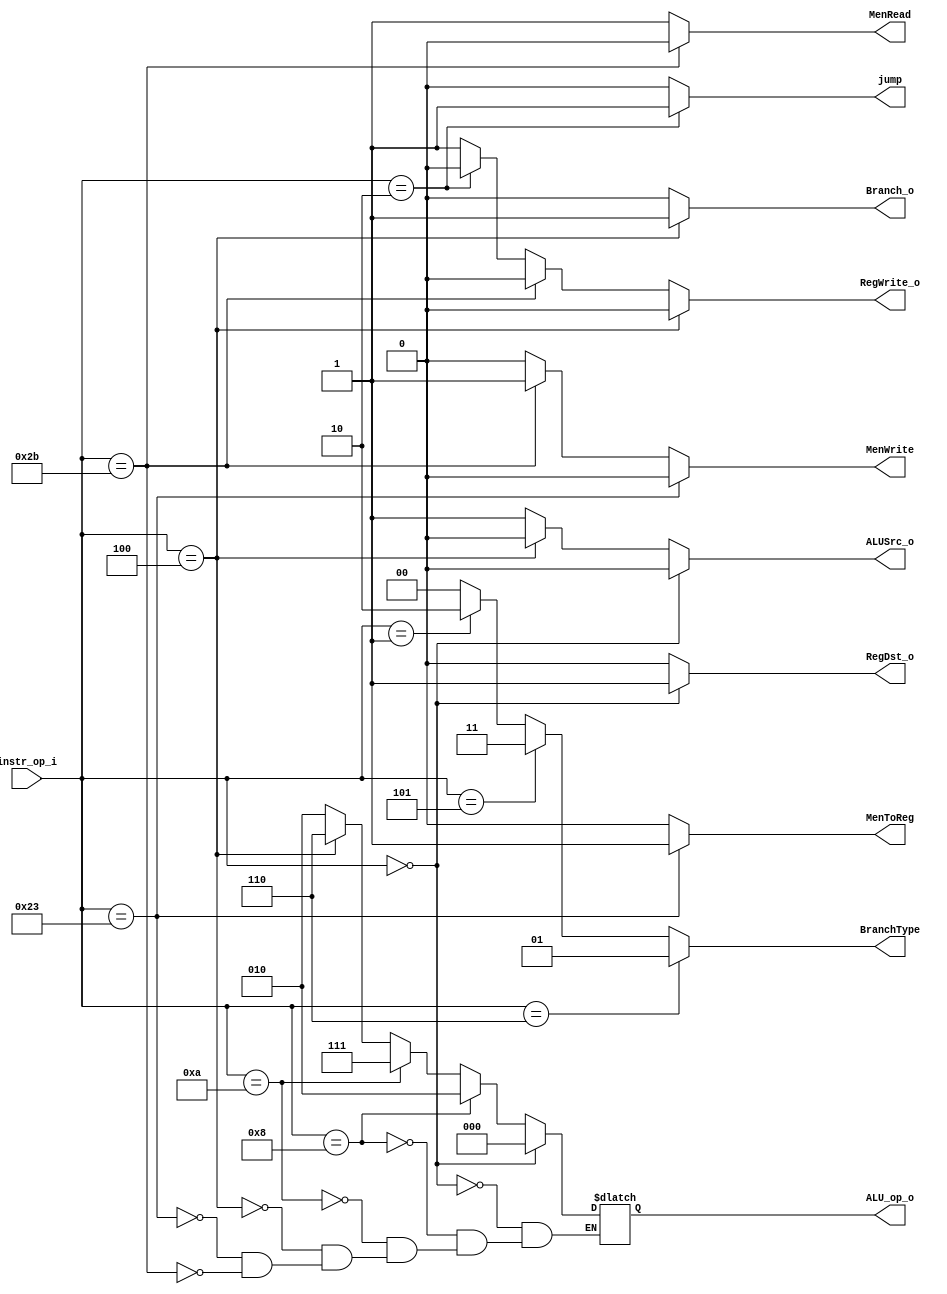
//Subject:     CO project 2 - Decoder
//--------------------------------------------------------------------------------
//Version:     1
//--------------------------------------------------------------------------------
//Writer:      
//----------------------------------------------
//Date:        
//----------------------------------------------
//Description: 
//--------------------------------------------------------------------------------

module Decoder(
    instr_op_i,
	RegWrite_o,
	ALU_op_o,
	ALUSrc_o,
	RegDst_o,
	Branch_o,
	MenRead,
	MenWrite,
	MenToReg,
	jump,
	BranchType
	);
     
//I/O ports
input  [6-1:0] instr_op_i;

output         RegWrite_o;
output [3-1:0] ALU_op_o;
output         ALUSrc_o;
output         RegDst_o;
output         Branch_o;
output 			MenToReg;
output [1:0]	BranchType;
output 			jump;
output 			MenRead;
output 			MenWrite;

 
//Internal Signals
reg    [3-1:0] ALU_op_o;
reg            ALUSrc_o;
reg            RegWrite_o;
reg            RegDst_o;
reg            Branch_o;
reg 				MenToReg;
reg 	[2-1:0]  BranchType;
reg				jump;
reg				MenRead;
reg 				MenWrite;


//Parameter


//Main function
always @(*)begin
if(instr_op_i==6'b000110)
BranchType<=2'b01;
else if(instr_op_i==6'b000101)
BranchType<=2'b11;
else if(instr_op_i==6'b000001)
BranchType<=2'b10;
else
BranchType<=2'b00;
end

always @(*)begin
if(instr_op_i==6'b000000)
ALU_op_o<=3'b000;
else if(instr_op_i==6'b001000)
ALU_op_o<=3'b010;
else if(instr_op_i==6'b001010)
ALU_op_o<=3'b111;
else if(instr_op_i==6'b000100)
ALU_op_o<=3'b110;
else if(instr_op_i==6'b100011)
ALU_op_o<=3'b010;
else if(instr_op_i==6'b101011)
ALU_op_o<=3'b010;
end

always @(*)begin
if(instr_op_i==6'b000000)
RegDst_o<=1'b1;
else
RegDst_o<=1'b0;
end

always @(*)begin
if(instr_op_i==6'b000000)
ALUSrc_o<=1'b0;
else if(instr_op_i==6'b000100)
ALUSrc_o<=1'b0;
else
ALUSrc_o<=1'b1;
end

always @(*)begin
if(instr_op_i==6'b000100)
Branch_o<=1'b1;
else
Branch_o<=1'b0;
end

always @(*)begin
if(instr_op_i==6'b000100)
RegWrite_o<=1'b0;
else if(instr_op_i==6'b101011)
RegWrite_o<=1'b0;
else if(instr_op_i==6'b000010)
RegWrite_o<=1'b0;
else
RegWrite_o<=1'b1;
end

always@(*)begin
if(instr_op_i==6'b100011)
MenWrite<=0;
else if(instr_op_i==6'b101011)
MenWrite<=1;
else 
MenWrite<=0;
end

always@(*)begin
if(instr_op_i==6'b101011)
MenRead<=0;

else 
MenRead<=1;
end




always@(*)begin
if(instr_op_i==6'b000010)
jump<=1;
else 
jump<=0;
end

always @(*)begin
if(instr_op_i==6'b100011)
MenToReg<=1'b1;
else
MenToReg<=1'b0;
end



endmodule